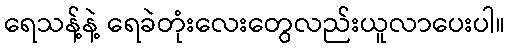
ရေသန့်နဲ့ ရေခဲတုံးလေးတွေလည်းယူလာပေးပါ။